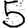
Digit: 5